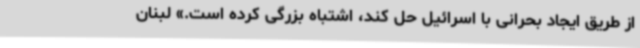
از طریق ایجاد بحرانی با اسرائیل حل کند،‌ اشتباه بزرگی کرده است.» لبنان